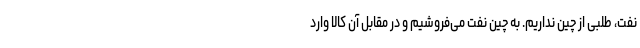
نفت، طلبی از چین نداریم. به چین نفت می‌فروشیم و در مقابل آن کالا وارد